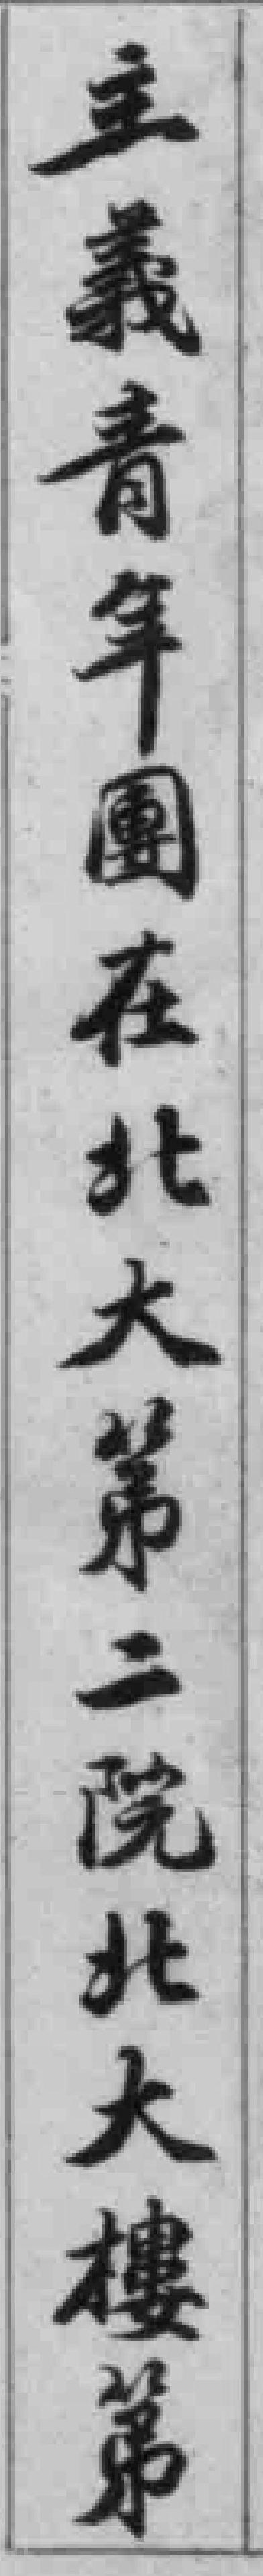
主義青年團在北大第二院北大樓第